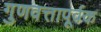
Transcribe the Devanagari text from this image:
गुणवत्तापूर्वक